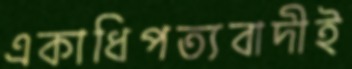
একাধিপত্যবাদীই